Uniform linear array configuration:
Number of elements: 4
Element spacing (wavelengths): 0.25
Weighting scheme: blackman
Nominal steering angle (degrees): -15
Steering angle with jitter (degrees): -15.961
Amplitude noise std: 0.05
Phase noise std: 0.05

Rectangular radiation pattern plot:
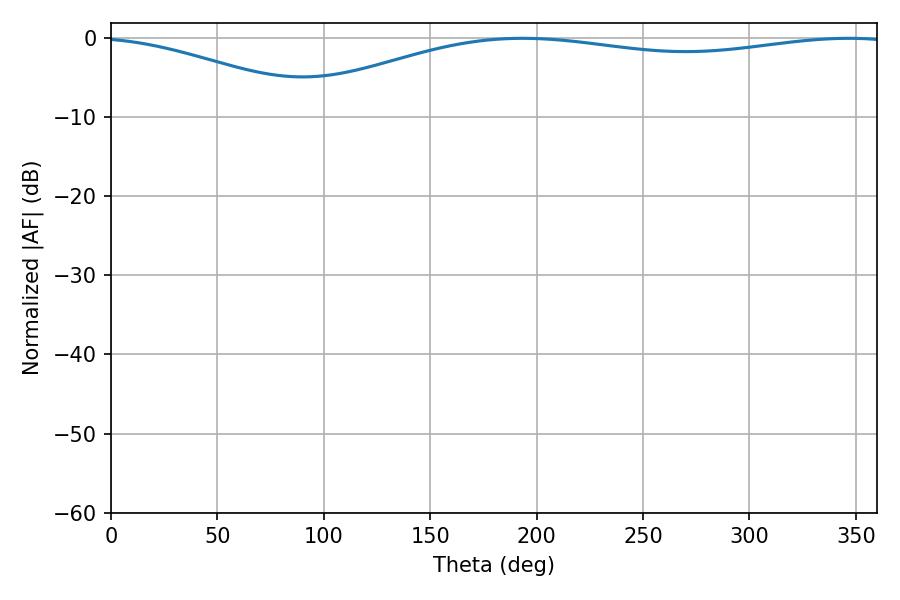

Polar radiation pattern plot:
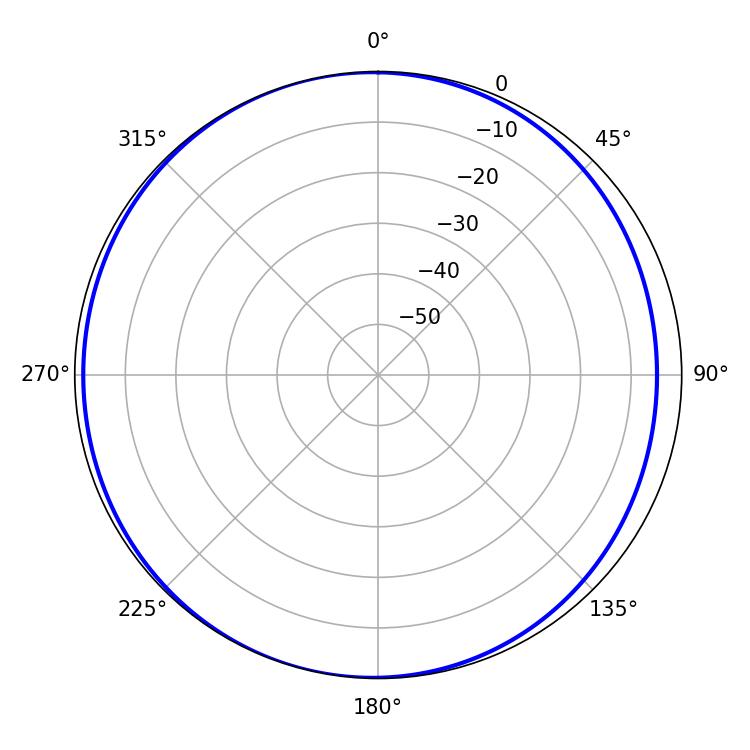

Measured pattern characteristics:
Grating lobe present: FALSE
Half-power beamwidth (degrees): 230.4
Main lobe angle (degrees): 193.32